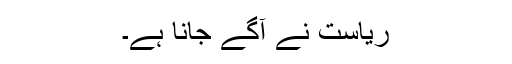
ریاست نے آگے جانا ہے۔